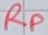
Text: RP